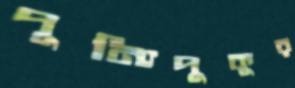
পুন্যিপুকুর